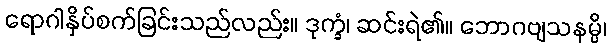
ရောဂါနှိပ်စက်ခြင်းသည်လည်း။ ဒုက္ခံ၊ ဆင်းရဲ၏။ ဘောဂဗျသနမ္ပိ၊